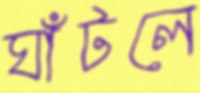
ঘাঁটলে